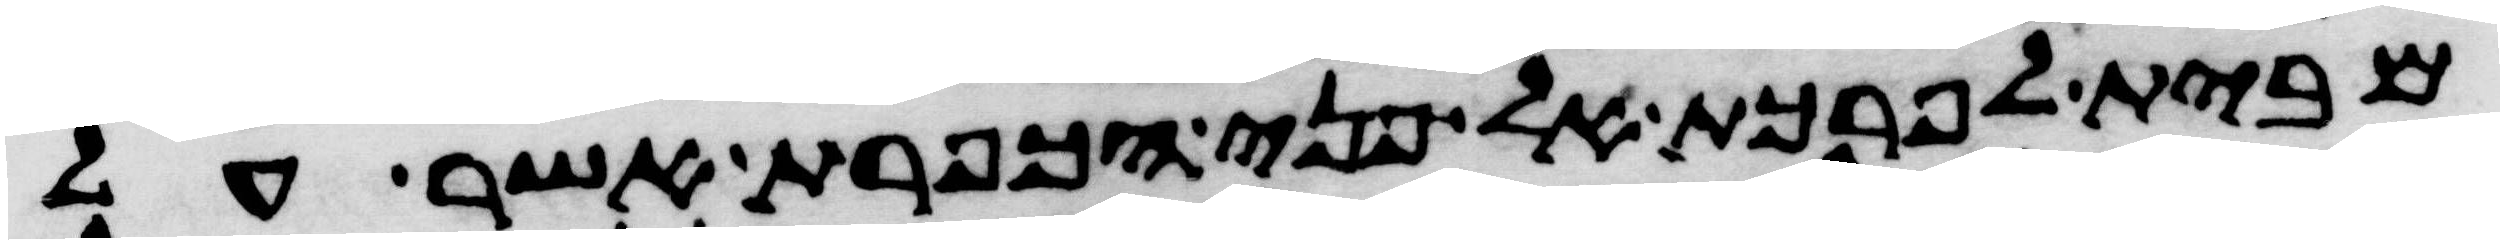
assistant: מבית לפרכת אל פני הכפרת אשר על